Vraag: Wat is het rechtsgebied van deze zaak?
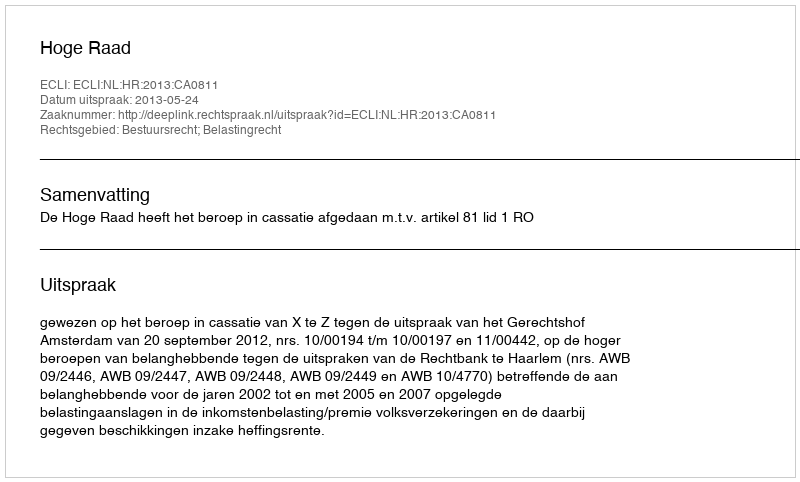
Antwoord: Bestuursrecht; Belastingrecht